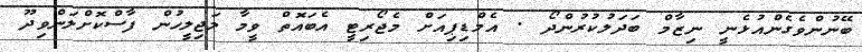
ބޭނުންވެގެންއުޅެނީ ނިޒާމް ބަދަލުކުރުންދޯ . އެމްޑިޕިއަށް މެޖޯރިޓީ އެބައޮތް ވީމާ މަޖިލީހުން ފާސްކޮށްލަންވިދޫ